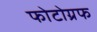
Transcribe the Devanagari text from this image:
फोटोग्रफ